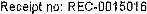
RECEIPT NO: REC-0015016